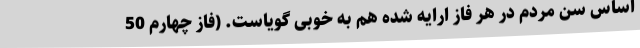
اساس سن مردم در هر فاز ارایه شده هم به خوبی گویاست. (فاز چهارم 50